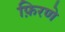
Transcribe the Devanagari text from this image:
फ़िरणे